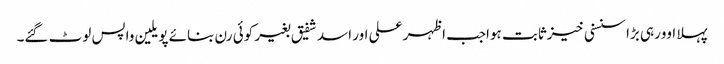
پہلا اوورہی بڑا سنسنی خیزثابت ہواجب اظہر علی اور اسد شفیق بغیر کوئی رن بنائے پویلین واپس لوٹ گئے۔